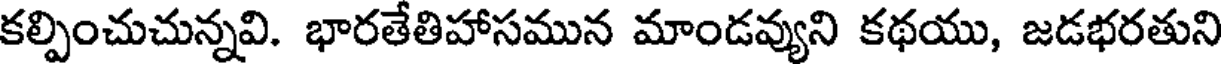
కల్పించుచున్నవి. భారతేతిహాసమున మాండవ్యుని కథయు, జడభరతుని